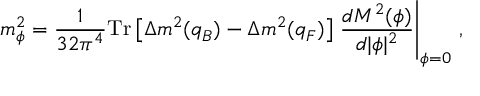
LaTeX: m _ { \phi } ^ { 2 } = \frac { 1 } { 3 2 \pi ^ { 4 } } \mathrm { T r } \left[ \Delta m ^ { 2 } ( q _ { B } ) - \Delta m ^ { 2 } ( q _ { F } ) \right] \left. \frac { d M ^ { 2 } ( \phi ) } { d | \phi | ^ { 2 } } \right| _ { \phi = 0 } \, ,